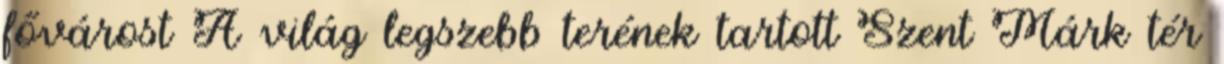
fővárost A világ legszebb terének tartott Szent Márk tér